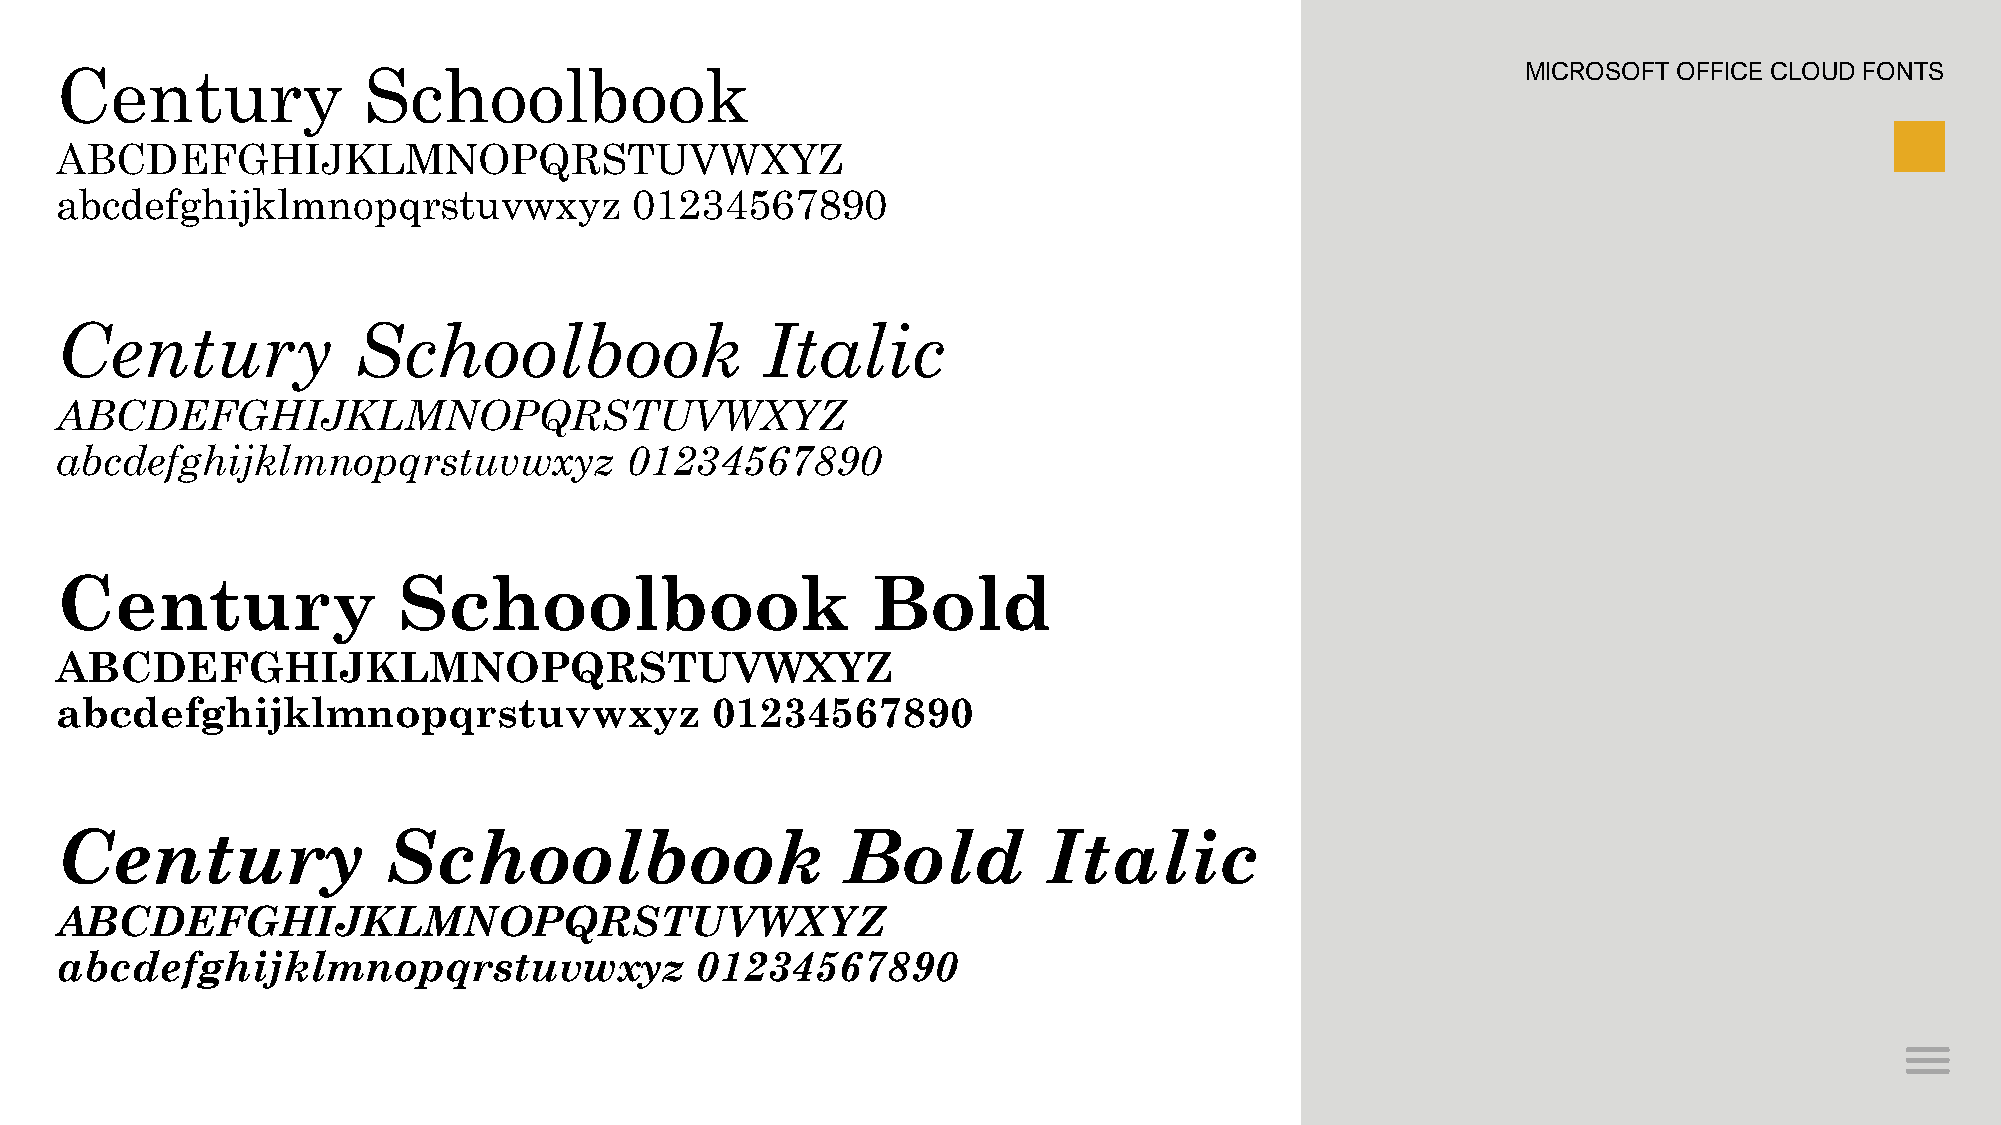
Century             Schoolbook                                                                   MICROSOFT OFFICE CLOUD FONTS
 ABCDEFGHIJKLMNOPQRSTUVWXYZ
 abcdefghijklmnopqrstuvwxyz            01234567890
 Century            Schoolbook                 Italic
 ABCDEFGHIJKLMNOPQRSTUVWXYZ
 abcdefghijklmnopqrstuvwxyz           01234567890
 Century               Schoolbook                      Bold
 ABCDEFGHIJKLMNOPQRSTUVWXYZ
 abcdefghijklmnopqrstuvwxyz                 01234567890
 Century              Schoolbook                     Bold         Italic
 ABCDEFGHIJKLMNOPQRSTUVWXYZ
 abcdefghijklmnopqrstuvwxyz                01234567890